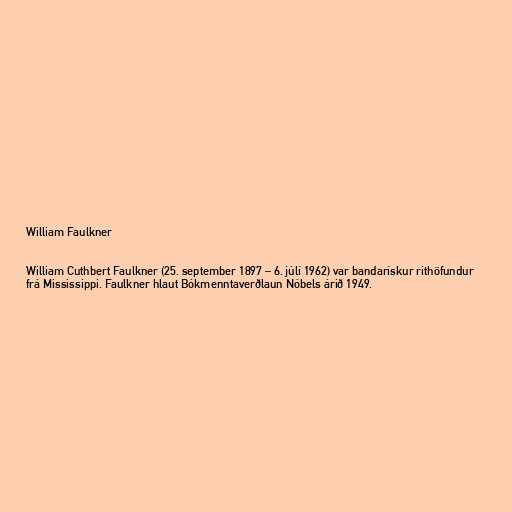
William Faulkner

William Cuthbert Faulkner (25. september 1897 – 6. júlí 1962) var bandarískur rithöfundur
frá Mississippi. Faulkner hlaut Bókmenntaverðlaun Nóbels árið 1949.